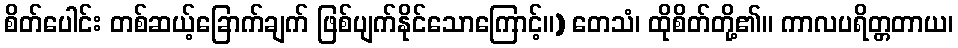
စိတ်ပေါင်း တစ်ဆယ့်ခြောက်ချက် ဖြစ်ပျက်နိုင်သောကြောင့်။) တေသံ၊ ထိုစိတ်တို့၏။ ကာလပရိတ္တတာယ၊